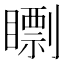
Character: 𥋠